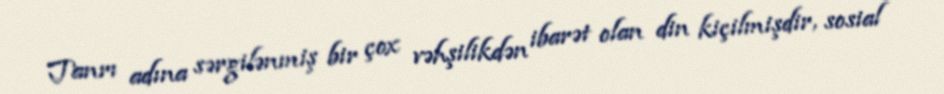
Tanrı adına sərgilənmiş bir çox vəhşilikdən ibarət olan din kiçilmişdir, sosial